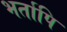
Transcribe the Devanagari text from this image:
भर्तापि